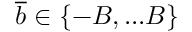
\overline { { b } } \in \{ - B , . . . B \}